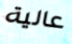
عالية